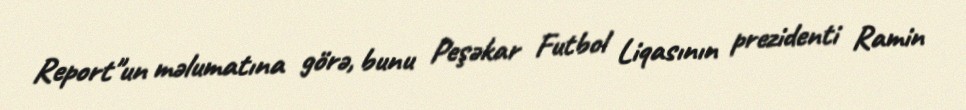
Report"un məlumatına görə, bunu Peşəkar Futbol Liqasının prezidenti Ramin